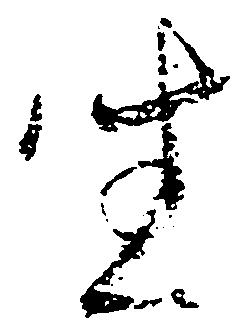
坐